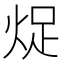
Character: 𱫉